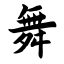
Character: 舞